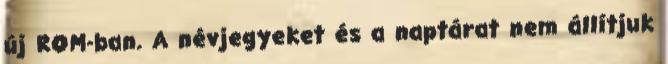
új ROM-ban. A névjegyeket és a naptárat nem állítjuk